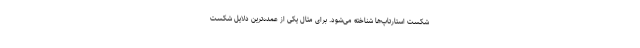
شکست استارتاپ‌ها شناخته می‌شود. برای مثال یکی از عمده‌ترین دلایل شکست